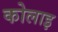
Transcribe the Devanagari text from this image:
कोलाइ